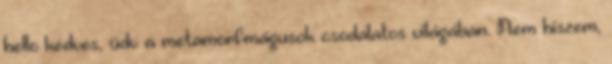
hello kedves, üdv a metamorfmágusok csodálatos világában. Nem hiszem,